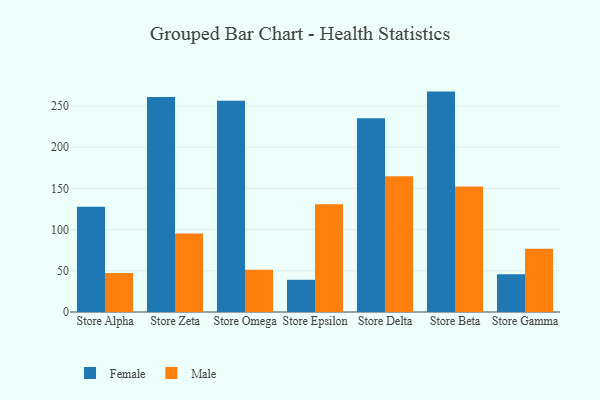
{"axis": {"x": "Store", "y": "Headcount"}, "legend": ["Female", "Male"], "data": [{"x": "Store Alpha", "y": 127.6, "type": "Female"}, {"x": "Store Alpha", "y": 47.4, "type": "Male"}, {"x": "Store Zeta", "y": 260.8, "type": "Female"}, {"x": "Store Zeta", "y": 95.2, "type": "Male"}, {"x": "Store Omega", "y": 256.3, "type": "Female"}, {"x": "Store Omega", "y": 51.2, "type": "Male"}, {"x": "Store Epsilon", "y": 39.1, "type": "Female"}, {"x": "Store Epsilon", "y": 130.7, "type": "Male"}, {"x": "Store Delta", "y": 235.1, "type": "Female"}, {"x": "Store Delta", "y": 164.9, "type": "Male"}, {"x": "Store Beta", "y": 267.5, "type": "Female"}, {"x": "Store Beta", "y": 152.3, "type": "Male"}, {"x": "Store Gamma", "y": 45.8, "type": "Female"}, {"x": "Store Gamma", "y": 76.8, "type": "Male"}]}